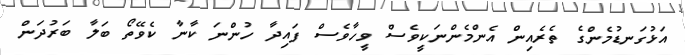
އަޅުގަނޑުމެންގެ ތެރެއިން އެންމެންނަކީވެސް ވީހާވެސް ފައިދާ ހުންނަ ކާނާ ކެވޭތޯ ބަލާ ބަރުދަން